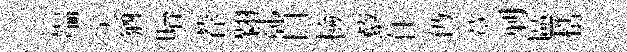
端关猶貽荐翱鄣口檢藜任仍蓂剿區梏